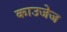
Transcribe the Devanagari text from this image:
काउजेज